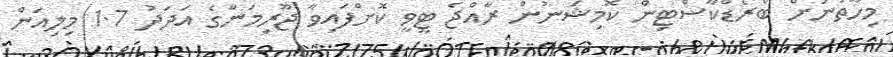
މިހާތަނަށް ބްރޯޑްކާސްޓިން ކޮމިޝަނުން ރާއްޖެ ޓީވީ ކޮށްފައިވާ ޖޫރިމަނާގެ އަދަދު 1.7 މިލިއަން